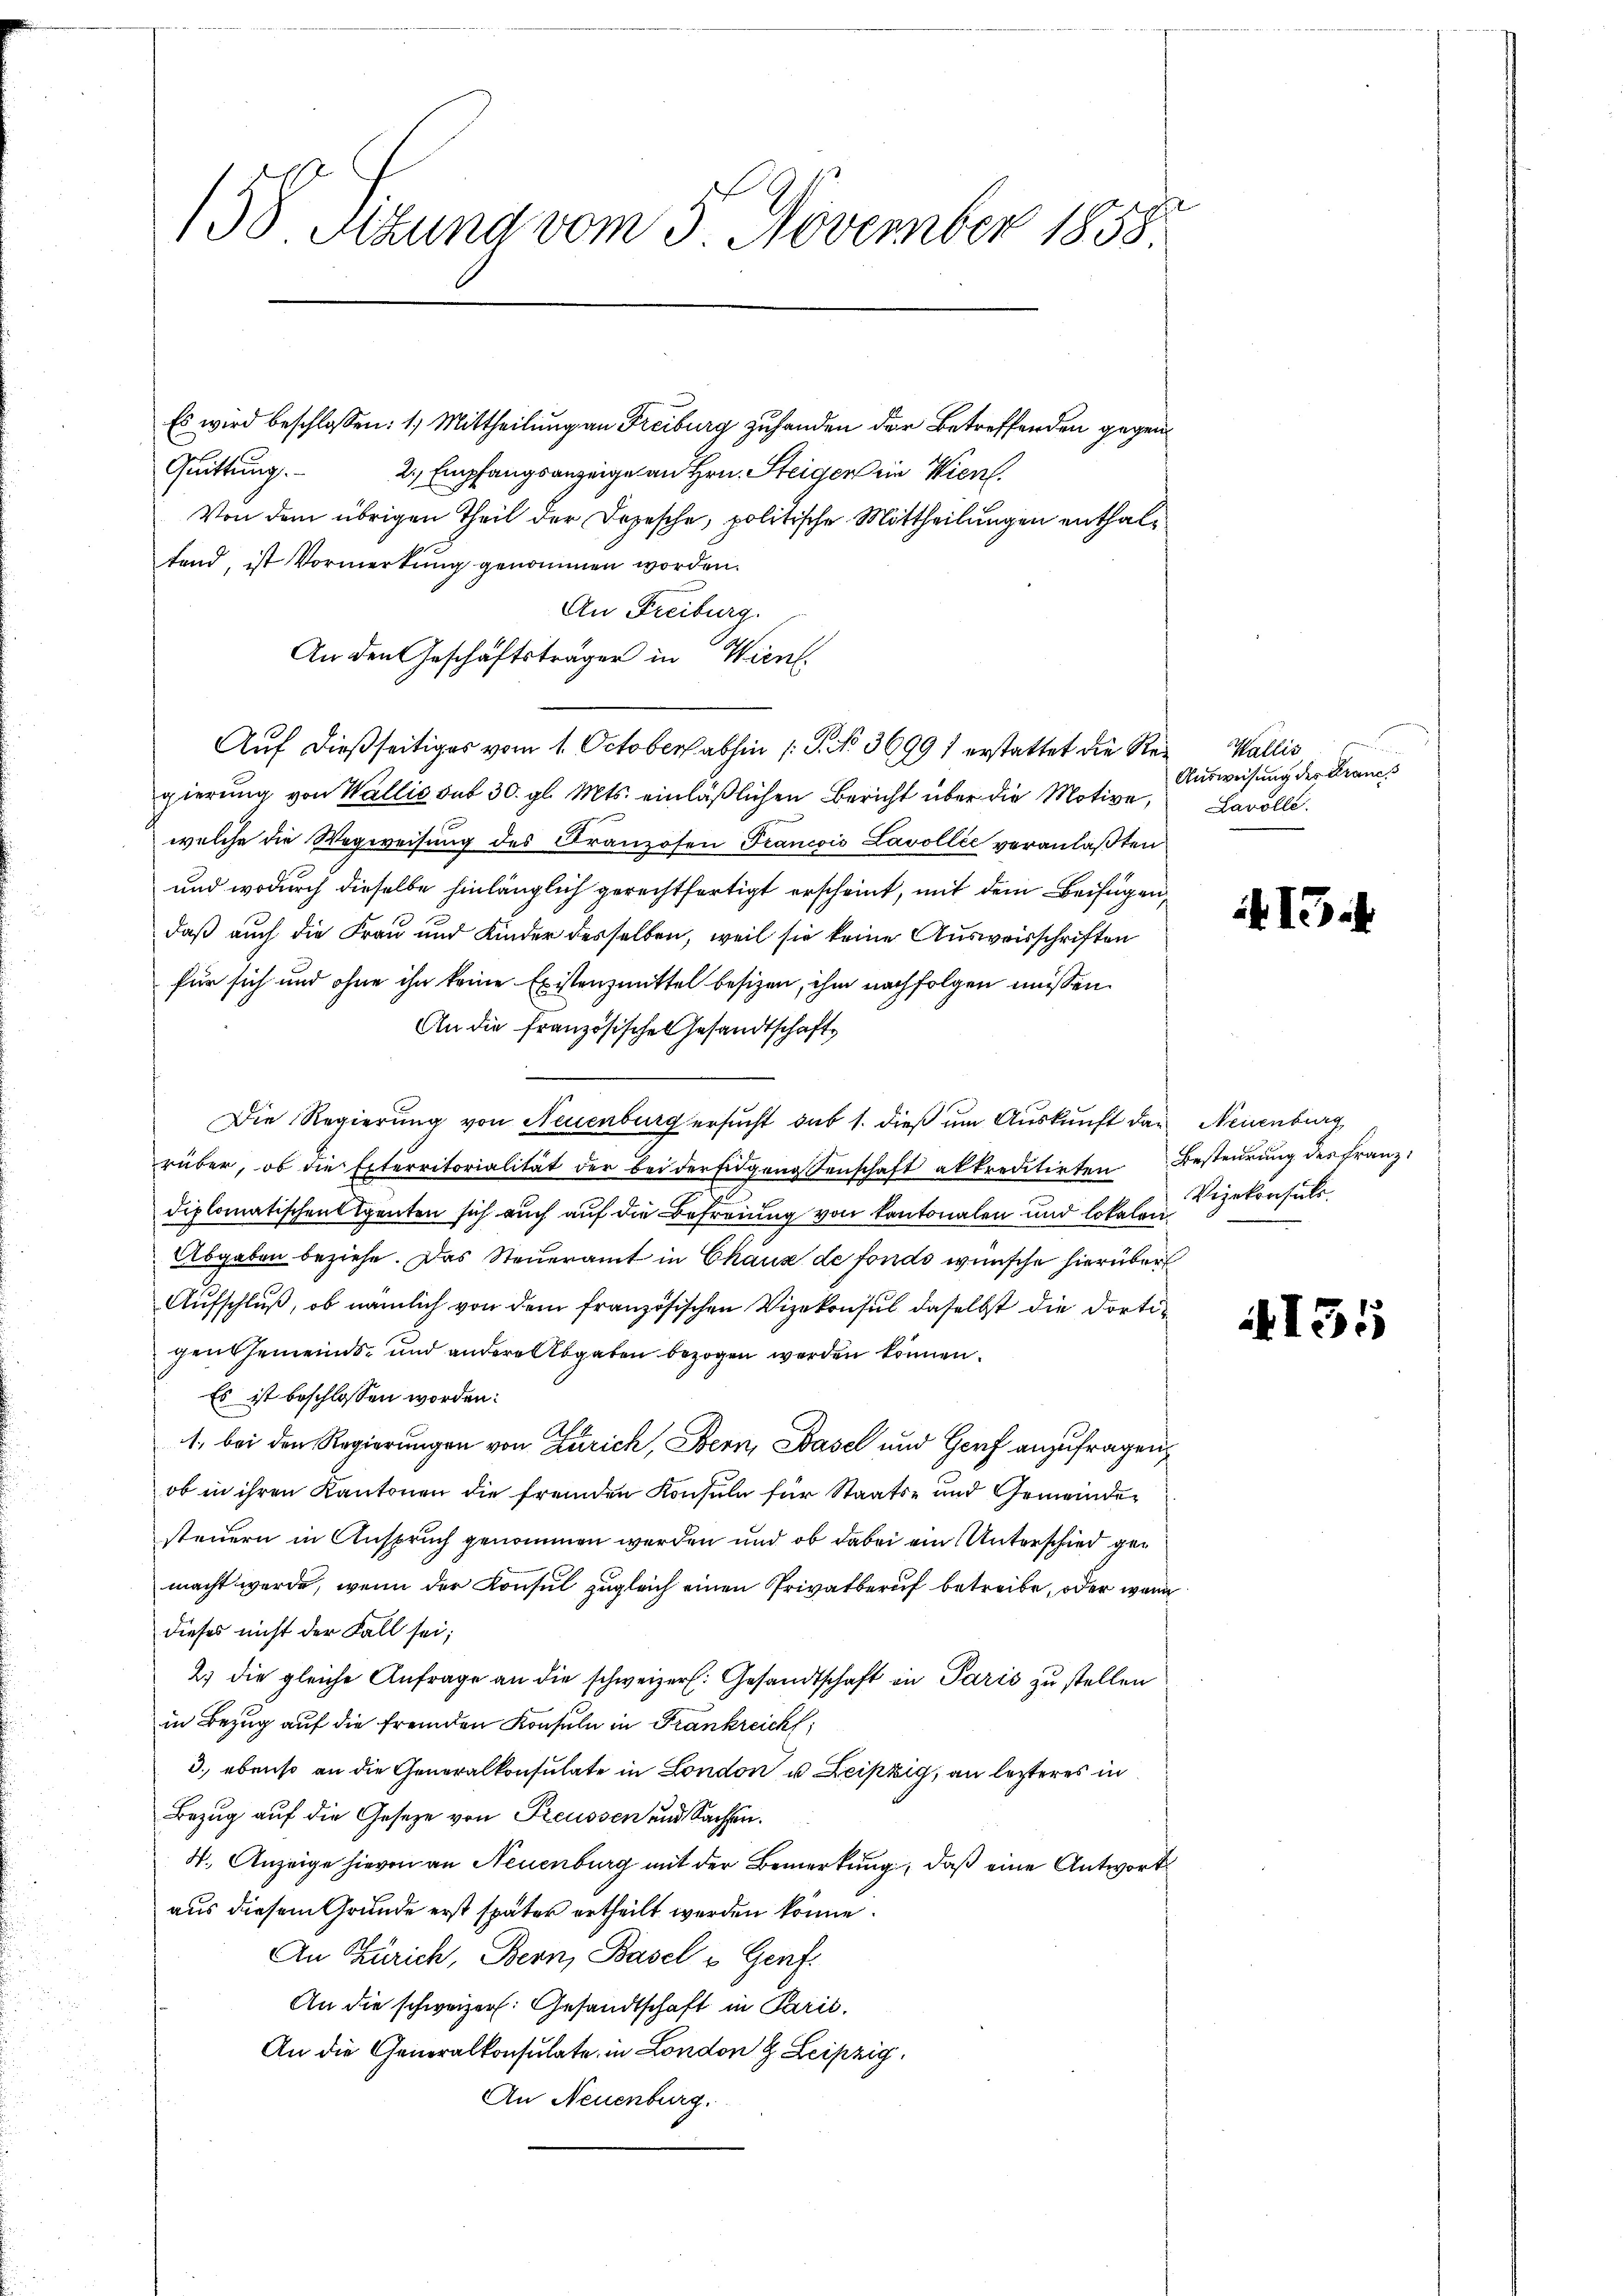
158 Sizung vom 5. November 1858.

Es wird beschlossen: 1) Mittheilung an Freiburg zuhanden der Betreffenden gegen¬
Quittung.
2., Empfangsanzeige an Hrn. Steiger ein Wien.
Von dem übrigen Theil der Depesche, politische Mittheilungen enthalfand, ist Vormerkung genommen worden.
An Freiburg.
An den Geschäftsträger in Wien.
Auf dießseitiges vom 1. October abhin /: P. Nr. 36991 erstattet die Regierŭng von Wallis sub 30. gl. Mts. einläβlichen Bericht über die Motive, Lavolle.
welche die Wegweisung des Franzosen Francois Lavollie veranlaßten
und wodurch dieselbe hinlänglich gerechtfertigt erscheint, mit dem Beifügen,
daß auch die Frau und Kinder desselben, weil sie keine Ausweisschriften
für sich und ohne ihn keine Existenzmittel besizen, ihm nachfolgen müssen.
An die Französischen Gesandtschaft
Die Regierung von Neuenburg ersucht das 1. dieß um Auskunft das Neuenburg,
rüber, ob die Exterritorialität der bei der Eidgenossenschaft akkreditirten Besteurung des Franz
diplomatischen Spenten sich auch auf die Befreiung von Kantonalen und lokalen Vizekonsuls
Abgaben beziehe. Das Steueramt in Chaus de fonds wünsche hierüber
Aufschluß, ob nämlich von dem französischen Vizekonsul daselbst die dortigen Gemeinds- und andere Abgaben bezogen werden können.
Es ist beschlossen worden:
1. bei den Regierungen von Zürich, Bern, Basel und Genf anzufragen,
ob in ihren Kantonen die fremden Konsuln für Staats- und Gemeinder
steuern in Anspruch genommen werden und ob dabei ein Unterschied gemacht werde, wenn der Konsul zugleich einen Privatberuf betreibe, oder wann
dieses nicht der Fall sei;
2.) die gleiche Anfrage an die schweizer. Gesandtschaft in Paris zu stellen
in Bezug auf die fremden Konsuln in Frankreich;
3., ebenso an die Generalkonsulate in London u Leipzig, an letzteres in
Bezug auf die Gesetze von Freussen und Sachsen.
4. Anzeige hievon an Neuenburg mit der Bemerkung, daß eine Antwort
aus diesem Grunde erst später ertheilt werden könne.
An Zürich, Bern, Basel u Genf.
An die schweizer. Gesandtschaft in Parić.
An die Generalkonsulate in London & Leipzig,
An Neuenburg.

u
Wallis
Ausweisung des Francs

A 15.

155